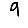
Digit: 9